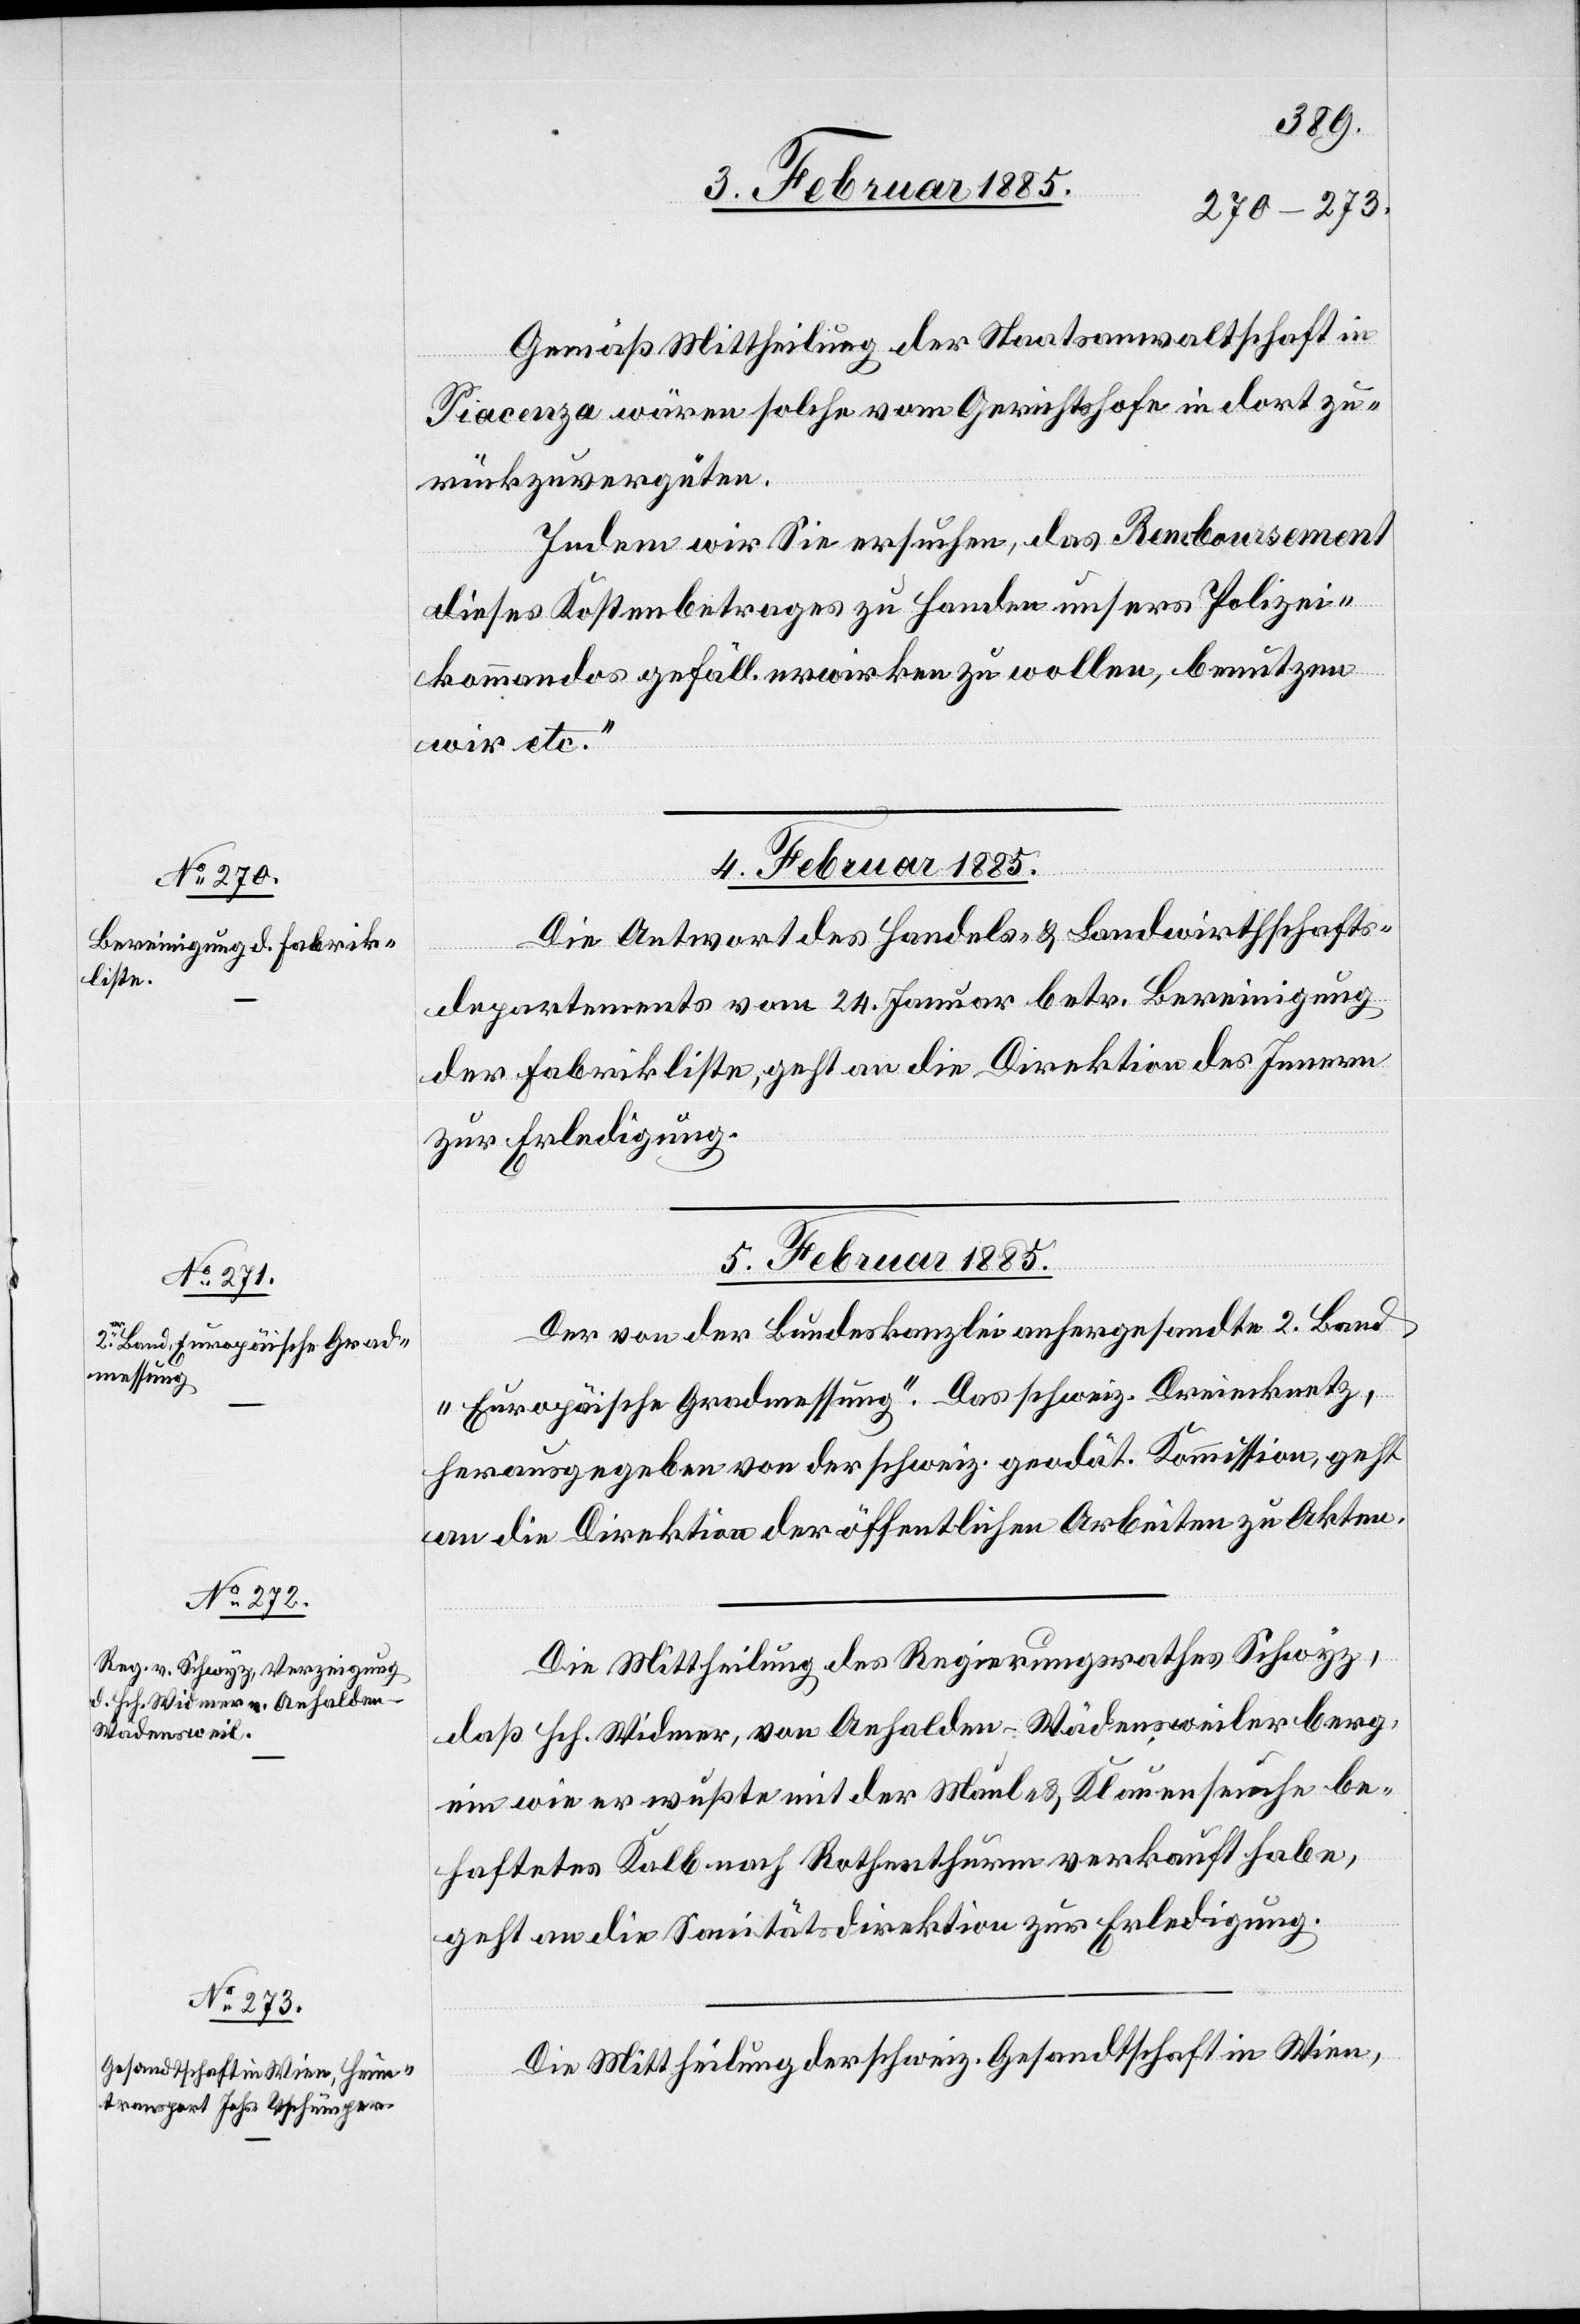
Gemäß Mittheilung der Staatsanwaltschaft in
Piacenza wären solche vom Gerichtshofe in dort zu¬
rückzuvergüten.
Indem wir Sie ersuchen, das Remboursement
dieses Kostenbeitrages zu Handen unsers Polizei¬
kommandos gefäll. erwirken zu wollen, benutzen
wir etc.“
4. Februar 1885
Die Antwort des Handels- & Landwirthschafts¬
departements vom 24. Januar betr. Bereinigung
der Fabrikliste, geht an die Direktion des Innern
zur Erledigung.
5. Februar 1885]
Der von der Bundeskanzlei anhergesandte 2. Band
„Europäische Gradmessung“. [sic!] Das schweiz. Dreiecknetz,
herausgegeben von der schweiz. geodät. Kommission, geht
an die Direktion der öffentlichen Arbeiten zu Akten.
Die Mittheilung des Regierungsrathes Schwyz,
daß Hch. Widmer, von Anhalden - Wädensweilerberg,
ein wie er wußte mit der Maul- & Klauenseuche be¬
haftetes Kalb nach Rothenthurm verkauft habe,
geht an die Sanitätsdirektion zur Erledigung.
Die Mittheilung der schweiz. Gesandtschaft in Wien,